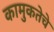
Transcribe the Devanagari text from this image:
कामुकतेचे